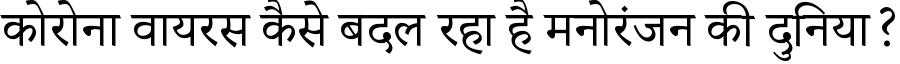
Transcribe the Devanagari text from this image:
कोरोना वायरस कैसे बदल रहा है मनोरंजन की दुनिया?